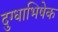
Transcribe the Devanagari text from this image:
दुग्‍धाभिषेक